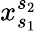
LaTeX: x_{s_{1}}^{s_{2}}